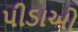
પીડાઓ